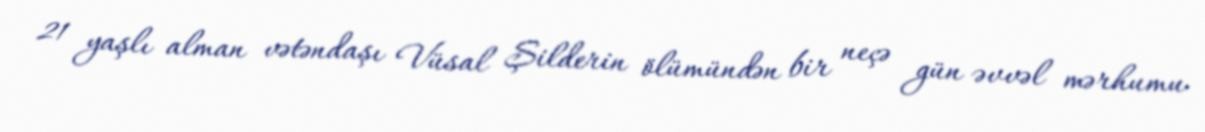
21 yaşlı alman vətəndaşı Vüsal Şilderin ölümündən bir neçə gün əvvəl mərhumu